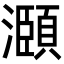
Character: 㶊